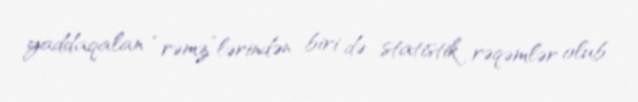
yaddaqalan “rəmz”lərindən biri də statistik rəqəmlər olub.